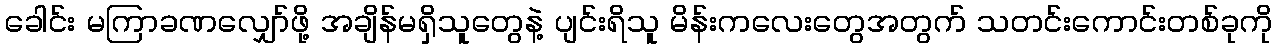
ခေါင်း မကြာခဏလျှော်ဖို့ အချိန်မရှိသူတွေနဲ့ ပျင်းရိသူ မိန်းကလေးတွေအတွက် သတင်းကောင်းတစ်ခုကို